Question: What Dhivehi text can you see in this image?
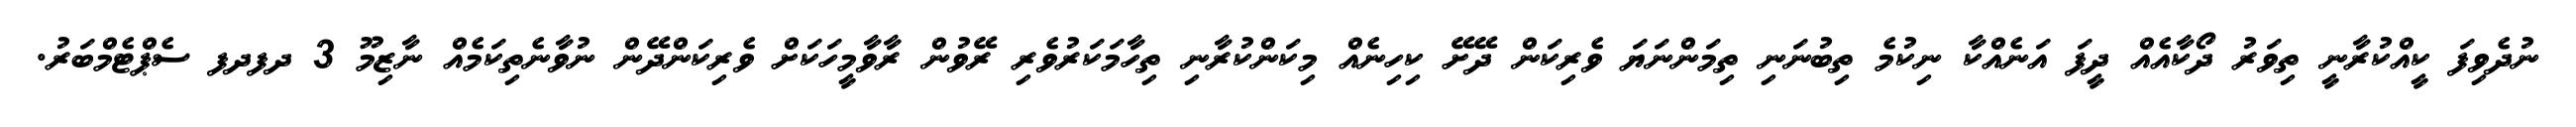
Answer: ނުދެވިފަ ކީއްކުރާނީ ތިވަރު ދޯކާއެއް ދީފަ އަނެއްކާ ނިކުމެ ތިބުނަނި ތިމަންނަޔަ ވެރިކަން ދޭށޭ ކިހިނެއް މިކަންކުރާނި ތިހާމަކަރުވެރި ރޭވުން ރާވާމީހަކަށް ވެރިކަންދޭން ނުވާނެތިކަމެއް ނާޒިމޫ 3 ދފދފ ސެޕްޓެމްބަރު.